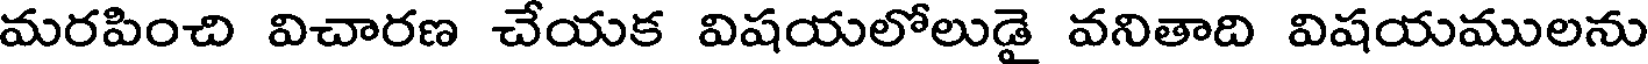
మరపించి విచారణ చేయక విషయలోలుడై వనితాది విషయములను